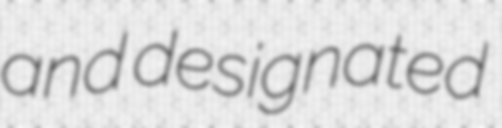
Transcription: and designated